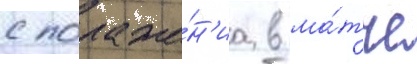
с пораже́н'иа в ма́тче